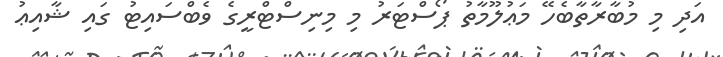
އަދި މި މުބާރާތާބެހޭ މަޢުލޫމާތު ޕޯސްޓަރު މި މިނިސްޓްރީގެ ވެބްސައިޓު ގައި ޝާއިޢު